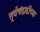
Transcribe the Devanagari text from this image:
सूर्यचंद्रादींच्या